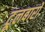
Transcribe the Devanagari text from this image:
टूलबारों